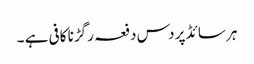
ہر سائڈ پر دس دفعہ رگڑنا کافی ہے ۔